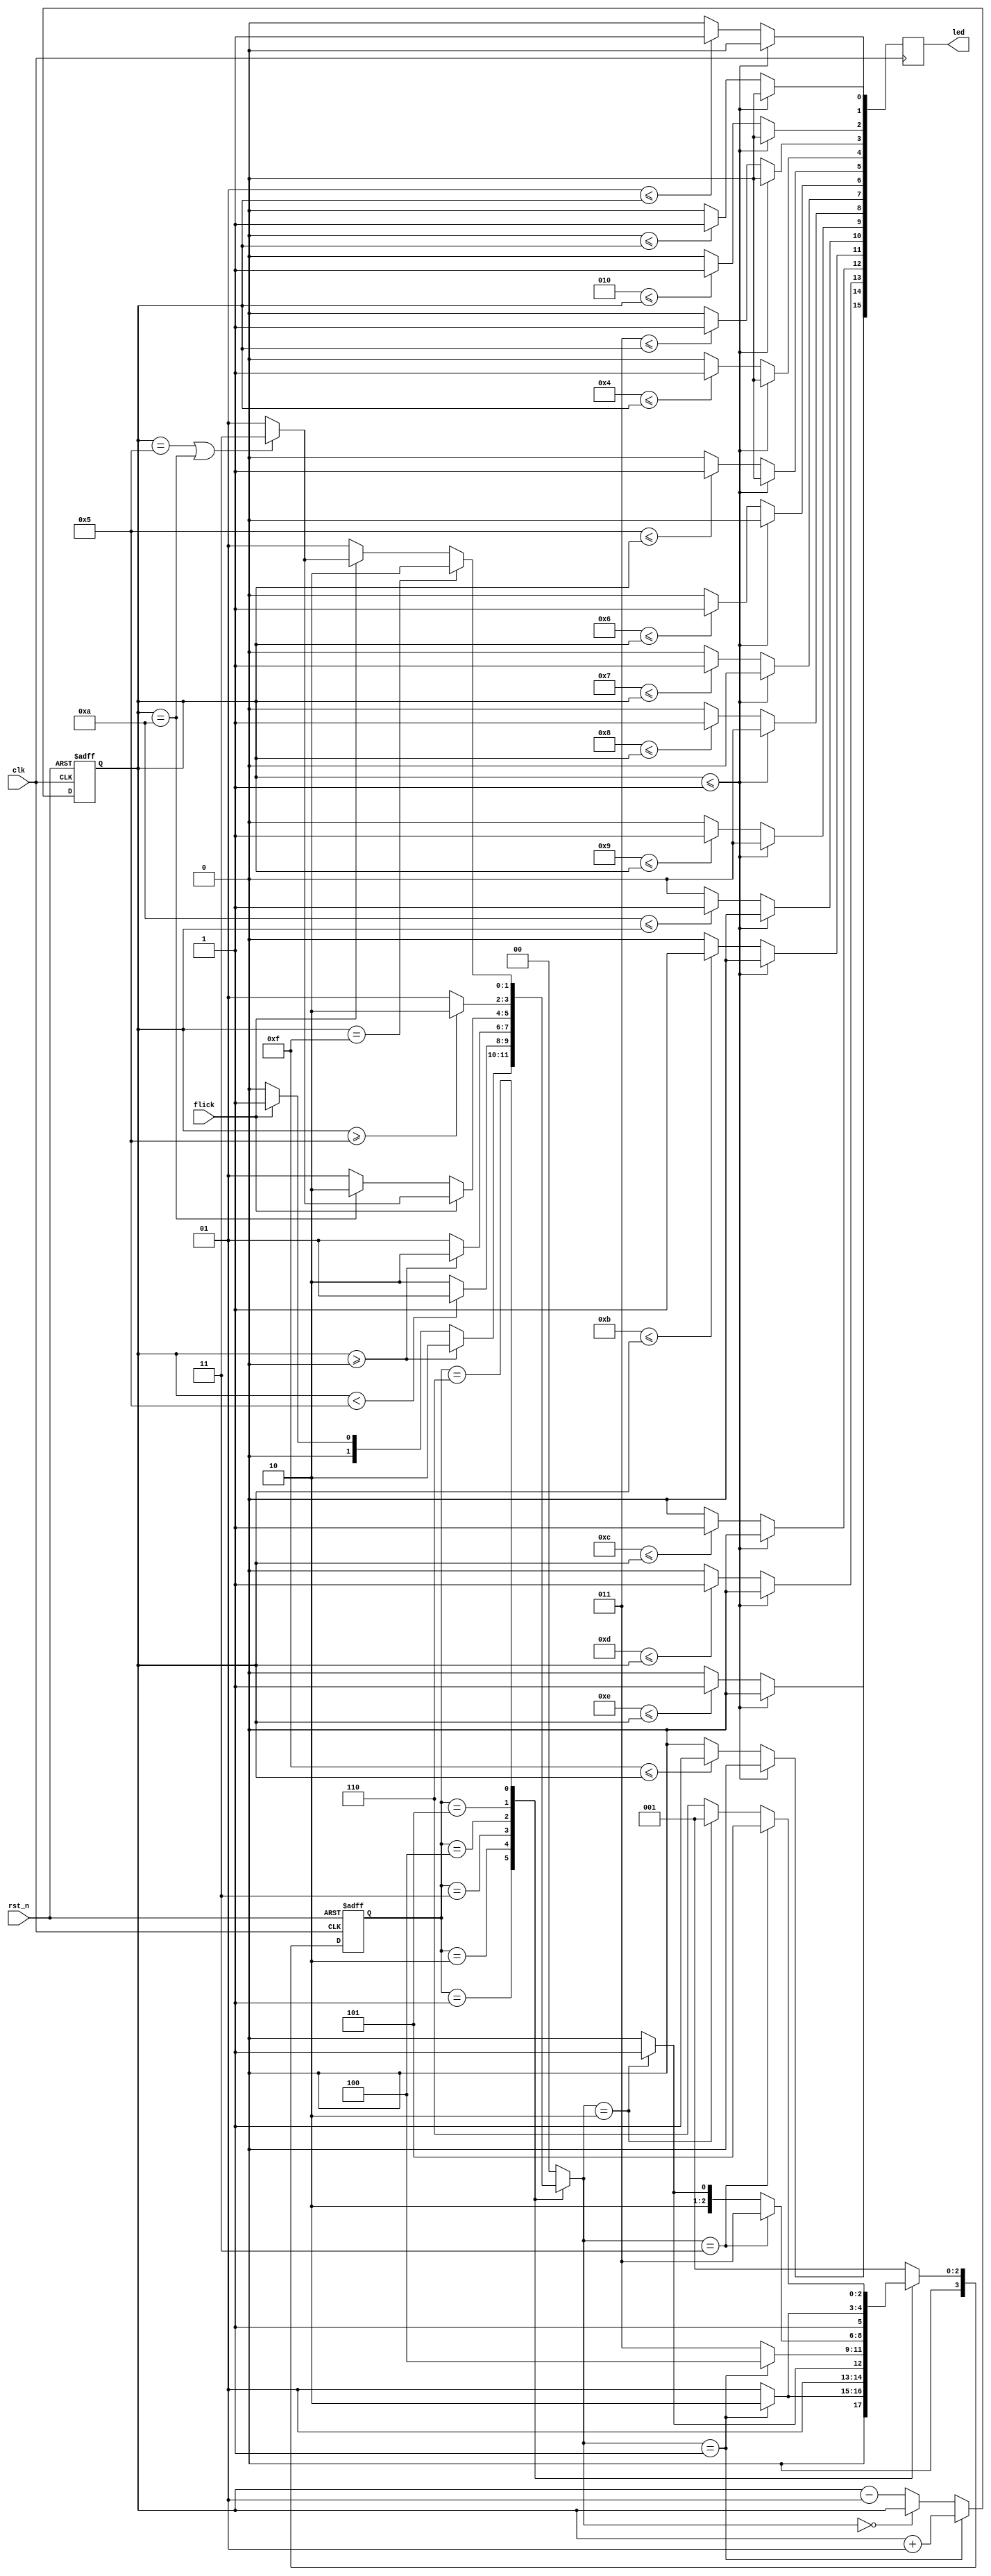
module bound_flasher(clk, rst_n, flick, led);

// I/O

	input wire 	clk;				// Clock
	
	input wire 	rst_n;				// Reset
	
	input wire 	flick;				// Special input
	
	output reg 	[15:0]led;			// Output

	
 
// Variables

	reg 		[1:0]led_operation;		// Status of Led operation
	
	reg		[3:0]current_state;		// Current state
	
	reg		[3:0]next_state;		// Next state
	
	integer 	i; 				// Variable use in decode block
	
	integer 	count; 				// Variable use to translate to output LED


	
// LED operation mode

	parameter 	UNCHANGED 	=  2'b00,
	
			UP		=  2'b01,
					
			DOWN 		=  2'b10,
					
			KICKBACK	=  2'b11;
					
	
 
	
// FSM States

	parameter 	INIT         	=  4'b00_01,
	
			ON_0_TO_5 	=  4'b00_10,
					
			OFF_TO_0  	=  4'b00_11,
					
			ON_0_TO_10  	=  4'b01_00,
					
			OFF_TO_5  	=  4'b01_01,
					
			ON_5_TO_15 	=  4'b01_10;


	
	
// Change FSM State and count

always @(negedge rst_n or posedge clk)

begin

	if(~rst_n) begin
 
 		current_state <= INIT;	            	// Reset state
      
    		count <= -1;                        	// Reset "count"
     
  	end				
    
	else begin
 
		current_state <= next_state;		// Assign next state for next time
   
 		if (led_operation == UP) begin
		
			count <= count + 1;		// Increase "count"
			
		end
	
		else if (led_operation == UNCHANGED) begin   
			
			count <= count;			// Keep "count" value
			
		end
		
		else begin				// "KICKBACK" and "DOWN" operation
		
			count <= count - 1;		// Decrease "count" 
		
		end	
   
  	end
	
end




// Logic count

// Determine led operation of the next state

always @(current_state or count or flick) begin

	led_operation = UNCHANGED;
	
	case(current_state)
	
	INIT: begin
	
		if(count >= 0) 			led_operation = DOWN;
		
		else if(flick) 			led_operation = UP;
		
		else 				led_operation = UNCHANGED;
			
	end
	
	
	ON_0_TO_5: begin
	
		if(count < 5) 			led_operation = UP;
		
		else 				led_operation = DOWN;
	
	end
	
	
	OFF_TO_0: begin
	
		if(count >= 0) 			led_operation = DOWN;
		
		else 				led_operation = UP;
	
	end
	
	
	ON_0_TO_10: begin
	
		if(flick) begin
		
			if (count == 5 || count == 10)  led_operation = KICKBACK;	

			else              		led_operation = UP;	
		
		end
		
		else begin
		
			if(count == 10)   	led_operation = DOWN;
				 
			else 	            	led_operation = UP;
		
		end
		
	end
	
	
	OFF_TO_5: begin
	
		if(count >= 5) 			led_operation = DOWN;
		
		else 				led_operation = UP;
	
	end
	
	
	ON_5_TO_15: begin
 
    	if(count == 15)     			led_operation = DOWN;
	
		else if(flick) begin
		
			if (count == 5 || count == 10)  led_operation = KICKBACK;	

			else              		led_operation = UP;	
		
		end
		
		else                		led_operation = UP;
		
	end
		
		
	default: 				led_operation = UNCHANGED;
	
		
	endcase
	
end



// FSM block

// Determine next state of the next time

always @(current_state or led_operation)

begin

	case(current_state)
	
	INIT: begin
	
		if(led_operation == UP) 	next_state = ON_0_TO_5;
   
    		else                          	next_state = INIT;
		
	end
	
	
	ON_0_TO_5: begin

		if(led_operation == DOWN) 	next_state = OFF_TO_0;
   
    		else                          	next_state = ON_0_TO_5;	
    
  	end
  	
	
	OFF_TO_0: begin
	
		if(led_operation == UP) 	next_state = ON_0_TO_10;
   
    		else                          	next_state = OFF_TO_0;
	
	end
	
	
	ON_0_TO_10: begin
	
		if(led_operation == KICKBACK) 	next_state = OFF_TO_0;
   
		else if(led_operation == DOWN)  next_state = OFF_TO_5; 
		
		else                            next_state = ON_0_TO_10;
		
	end
	
	
	OFF_TO_5: begin
		
		if(led_operation == UP) 	next_state = ON_5_TO_15;
   
    		else                          	next_state = OFF_TO_5;
	
	end
	
	
	ON_5_TO_15: begin
		
		if(led_operation == KICKBACK) 	next_state = OFF_TO_5;
   
    		else if(led_operation == DOWN)  next_state = INIT; 
		
		else                            next_state = ON_5_TO_15;
		
	end
 
	
	default: 				next_state = INIT;
	
	
	endcase

end



// Decoder LED
	
// Transfer "count" to led[15:0]

always @(negedge clk)

begin
   
	  if(count <= -1) led <= 16'b0;					// Turn off all Leds
		
	  else
	
		for(i = 0; i < 16; i = i + 1)				// Turn on leds from led[0] to led[count]
		
		begin
		
			if(i <= count) led[i] <= 1'b1;
			
			else led[i] <= 1'b0;
			
		end     

end


	
endmodule